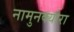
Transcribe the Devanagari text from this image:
नामुनक्योरा